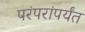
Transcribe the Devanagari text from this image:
परंपरांपर्यंत